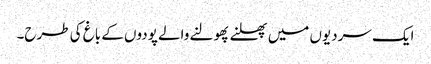
ایک سردیوں میں پھلنے پھولنے والے پودوں کے باغ کی طرح۔